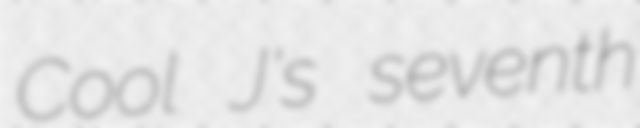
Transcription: Cool J's seventh